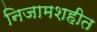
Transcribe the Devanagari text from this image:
निजामशहीत